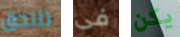
تلتحق فى يكن